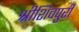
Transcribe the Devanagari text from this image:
श्रीशिवपुरी